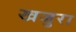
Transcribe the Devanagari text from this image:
खजुरा